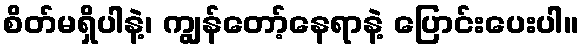
စိတ်မရှိပါနဲ့၊ ကျွန်တော့်နေရာနဲ့ ပြောင်းပေးပါ။